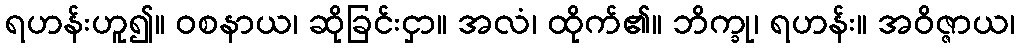
ရဟန်းဟူ၍။ ဝစနာယ၊ ဆိုခြင်းငှာ။ အလံ၊ ထိုက်၏။ ဘိက္ခု၊ ရဟန်း။ အဝိဇ္ဇာယ၊